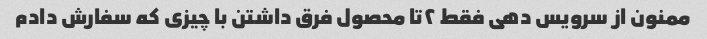
ممنون از سرویس دهی فقط ۲تا محصول فرق داشتن با چیزی که سفارش دادم